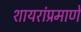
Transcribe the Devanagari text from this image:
शायरांप्रमाणे